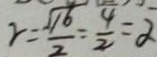
\gamma = \frac { \sqrt { 1 6 } } { 2 } = \frac { 4 } { 2 } = \alpha